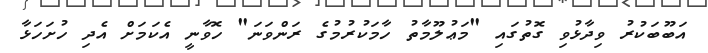
އަބޫބަކުރު ވިދާޅުވި ގޮތުގައި "މަޢުލޫމާތު ހާމަކުރުމުގެ ރަންވަނަ" ހޮވާނީ އެކަމަށް އެދި ހުށަހަޅާ